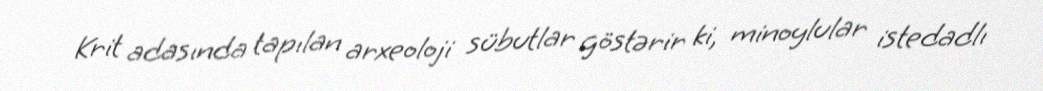
Krit adasında tapılan arxeoloji sübutlar göstərir ki, minoylular istedadlı